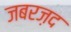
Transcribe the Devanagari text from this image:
जबरज़द